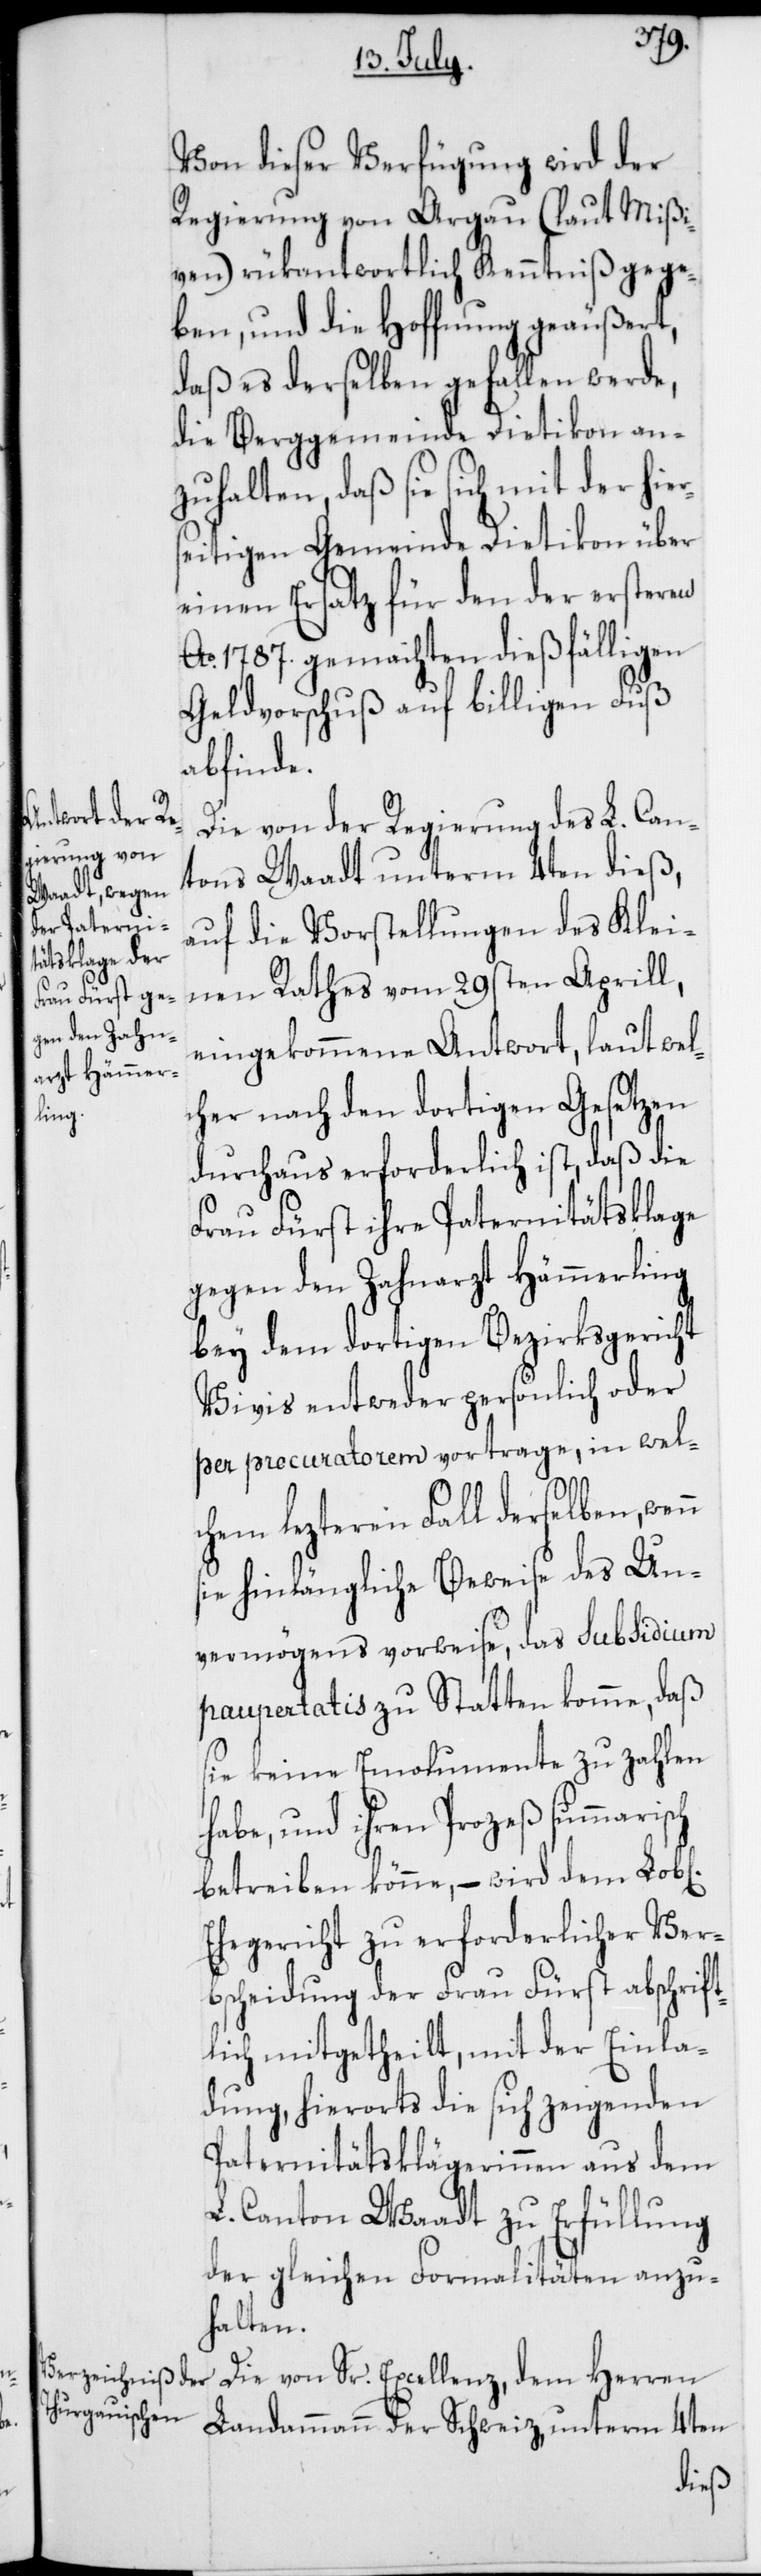
Von dieser Verfügung wird der
Regierung von Argau (laut Mißi¬
ven) rükantwortlich Kenntniß gege¬
ben, und die Hoffnung geäußert,
daß es derselben gefallen werde,
die Berggemeinde Dietikon an¬
zuhalten, daß sie sich mit der hier¬
seitigen Gemeinde Dietikon über
einen Ersatz für den der ersteren
Ao 1787. gemachten dießfälligen
Geldvorschuß auf billigen Fuß
abfinde.
Die von der Regierung des L. Can¬
tons Waadt unterm 4ten dieß,
auf die Vorstellungen des Klei¬
nen Rathes vom 29sten Aprill,
eingekommene Antwort, laut wel¬
cher nach den dortigen Gesetzen
durchaus erforderlich ist, daß die
Frau Fürst ihre Paternitätsklage
gegen den Zahnarzt Hämmerling
bey dem dortigen Bezirksgericht
Vivis entweder persönlich oder
per procuratorem vortrage, in wel¬
chem lezteren Fall derselben, wenn
sie hinlängliche Beweise des Un¬
vermögens vorweise, das Subsidium
paupertatis zu Statten komme, daß
sie keine Emolumente zu zahlen
habe, und ihren Prozeß summarisch
betreiben könne, – wird dem Lob[li¬
Ehegericht zu erforderlicher Ver¬
bscheidung der Frau Fürst abschrift¬
lich mitgetheilt, mit der Einla¬
dung, hierorts die sich zeigenden
Paternitäts-Klägerinnen aus dem
L. Canton Waadt zu Erfüllung
der gleichen Formalitäten anzu¬
halten.
Die von Sr. Excellenz, dem Herren
Landammann der Schweiz, unterm 4ten
chen]